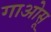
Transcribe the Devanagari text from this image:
गाओसू